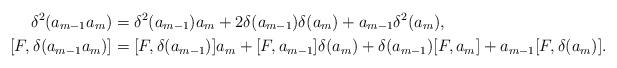
LaTeX: \begin{align*} \delta^2(a_{m-1}a_m) &= \delta^2(a_{m-1})a_m+2\delta(a_{m-1})\delta(a_m)+a_{m-1}\delta^2(a_m),\\ [F,\delta(a_{m-1}a_m)] &= [F,\delta(a_{m-1})]a_m+[F,a_{m-1}]\delta(a_m)+\delta(a_{m-1})[F,a_m]+a_{m-1}[F,\delta(a_m)]. \end{align*}